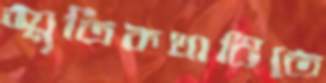
স্মৃতিকথাটিতে